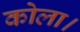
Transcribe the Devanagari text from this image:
कोला।